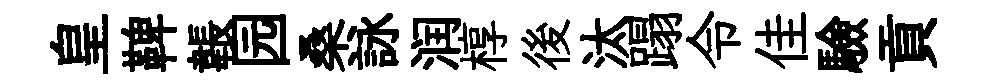
皇鞞韔园桑詠润椁後汰蹋令佳驗貢